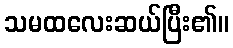
သမထလေးဆယ်ပြီး၏။